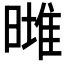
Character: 𣊌